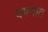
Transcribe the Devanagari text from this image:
वमनात